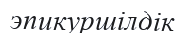
эпикуршілдік